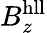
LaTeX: B_{z}^{\mathrm{hll}}